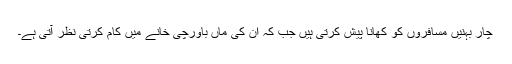
چار بہنیں مسافروں کو کھانا پیش کرتی ہیں جب کہ ان کی ماں باورچی خانے میں کام کرتی نظر آتی ہے۔